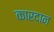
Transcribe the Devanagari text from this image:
कारदान